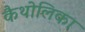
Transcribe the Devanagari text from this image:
कैथोलिका